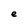
Character: e